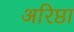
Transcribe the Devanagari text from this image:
अरिष्ठा